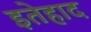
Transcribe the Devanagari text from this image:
इतेहाद